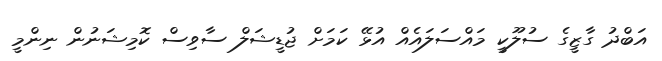
އަބްދު ގާޒީގެ ސުލޫކީ މައްސަލައެއް އުޅޭ ކަމަށް ޖުޑީޝަލް ސާވިސް ކޮމިޝަނުން ނިންމީ